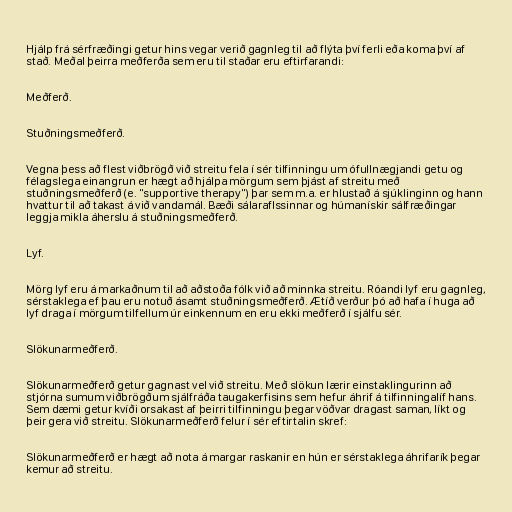
Hjálp frá sérfræðingi getur hins vegar verið gagnleg til að flýta því ferli eða koma því af
stað. Meðal þeirra meðferða sem eru til staðar eru eftirfarandi:

Meðferð.

Stuðningsmeðferð.

Vegna þess að flest viðbrögð við streitu fela í sér tilfinningu um ófullnægjandi getu og
félagslega einangrun er hægt að hjálpa mörgum sem þjást af streitu með
stuðningsmeðferð (e. "supportive therapy") þar sem m.a. er hlustað á sjúklinginn og hann
hvattur til að takast á við vandamál. Bæði sálaraflssinnar og húmanískir sálfræðingar
leggja mikla áherslu á stuðningsmeðferð.

Lyf.

Mörg lyf eru á markaðnum til að aðstoða fólk við að minnka streitu. Róandi lyf eru gagnleg,
sérstaklega ef þau eru notuð ásamt stuðningsmeðferð. Ætíð verður þó að hafa í huga að
lyf draga í mörgum tilfellum úr einkennum en eru ekki meðferð í sjálfu sér.

Slökunarmeðferð.

Slökunarmeðferð getur gagnast vel við streitu. Með slökun lærir einstaklingurinn að
stjórna sumum viðbrögðum sjálfráða taugakerfisins sem hefur áhrif á tilfinningalíf hans.
Sem dæmi getur kvíði orsakast af þeirri tilfinningu þegar vöðvar dragast saman, líkt og
þeir gera við streitu. Slökunarmeðferð felur í sér eftirtalin skref:

Slökunarmeðferð er hægt að nota á margar raskanir en hún er sérstaklega áhrifarík þegar
kemur að streitu.